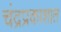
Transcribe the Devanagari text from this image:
चंद्रप्रकाशात